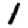
Digit: 1